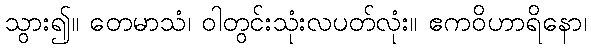
သွား၍။ တေမာသံ၊ ဝါတွင်းသုံးလပတ်လုံး။ ဧကဝိဟာရိနော၊